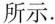
所示。